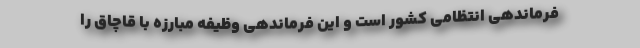
فرماندهی انتظامی کشور است و این فرماندهی وظیفه مبارزه با قاچاق را